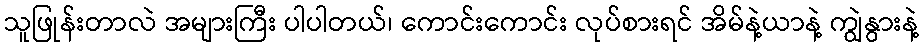
သူဖြုန်းတာလဲ အများကြီး ပါပါတယ်၊ ကောင်းကောင်း လုပ်စားရင် အိမ်နဲ့ယာနဲ့ ကျွဲနွားနဲ့